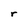
Character: r